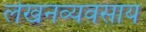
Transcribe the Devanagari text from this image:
लेखनव्यवसाय